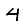
Digit: 4